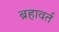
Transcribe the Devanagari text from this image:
ब्रहावर्त